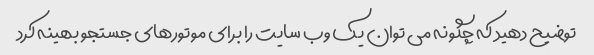
توضیح دهید که چگونه می توان یک وب سایت را برای موتورهای جستجو بهینه کرد